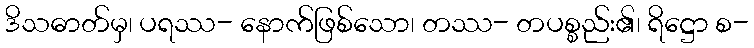
ဒိသဓာတ်မှ၊ ပရဿ- နောက်ဖြစ်သော၊ တဿ- တပစ္စည်း၏၊ ရိဋ္ဌော စ-